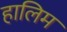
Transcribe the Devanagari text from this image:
हालिम